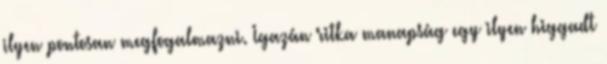
ilyen pontosan megfogalmazni. Igazán ritka manapság egy ilyen higgadt